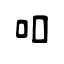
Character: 吅